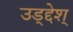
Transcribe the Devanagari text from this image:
उड्द्देश्